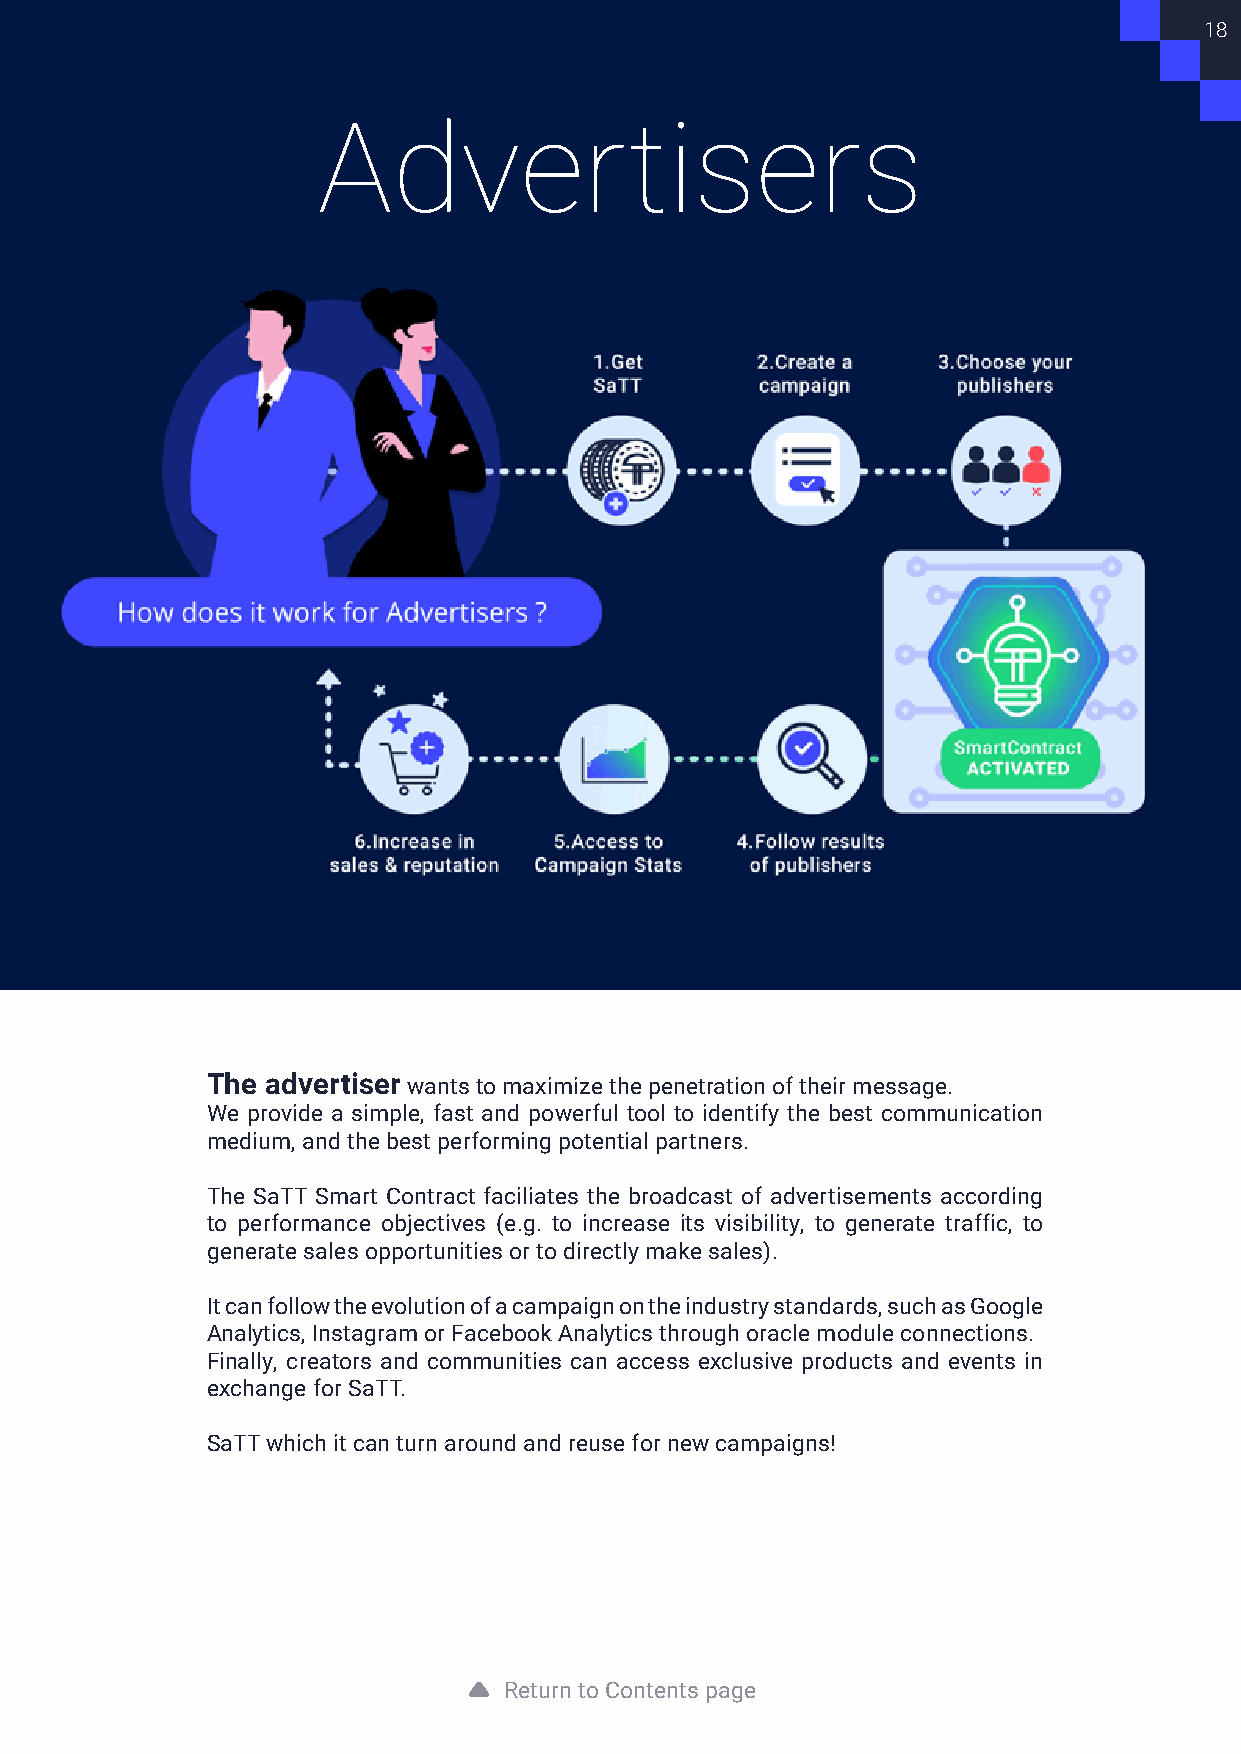
18
 Advertisers
 The advertiser wants to maximize the penetration of their message.
 We provide a simple, fast and powerful tool to identify the best communication
 medium, and the best performing potential partners.
 The SaTT Smart Contract faciliates the broadcast of advertisements according
 to performance objectives (e.g. to increase its visibility, to generate traffic, to
 generate sales opportunities or to directly make sales).
 It can follow the evolution of a campaign on the industry standards, such as Google
 Analytics, Instagram or Facebook Analytics through oracle module connections.
 Finally, creators and communities can access exclusive products and events in
 exchange for SaTT.
 SaTT which it can turn around and reuse for new campaigns!
 Return to Contents page